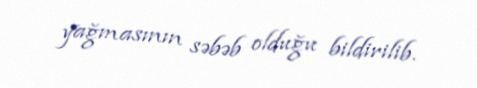
yağmasının səbəb olduğu bildirilib.